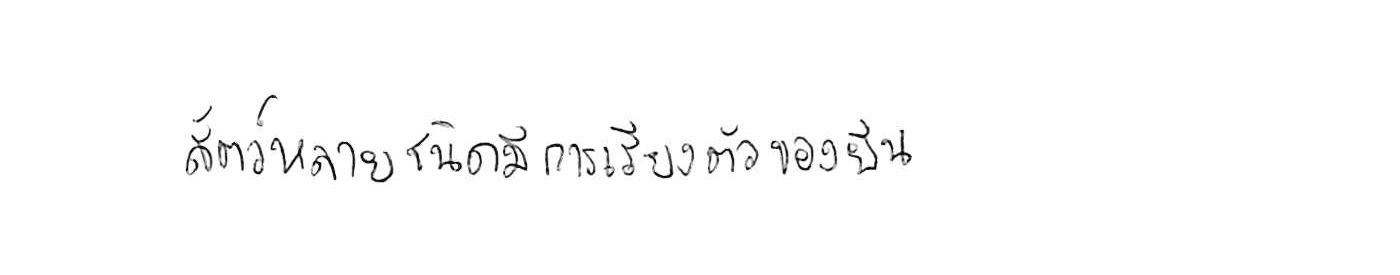
สัตว์หลายชนิดมีการเรียงตัวของยีน